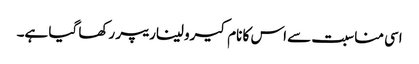
اسی مناسبت سے اس کا نام کیرولیناریپر رکھا گیا ہے۔